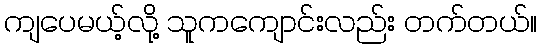
ကျပေမယ့်လို့ သူကကျောင်းလည်း တက်တယ်။